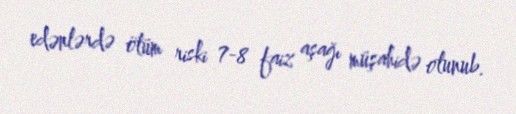
edənlərdə ölüm riski 7-8 faiz aşağı müşahidə olunub.